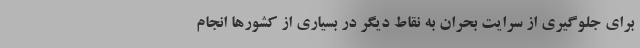
براي جلوگيري از سرايت بحران به نقاط ديگر در بسياري از كشورها انجام